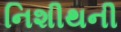
નિશીથની